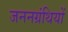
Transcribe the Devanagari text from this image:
जननग्रंथियों